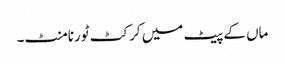
ماں کے پیٹ میں کرکٹ ٹورنامنٹ۔